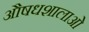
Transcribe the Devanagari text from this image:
औषधशालाओं